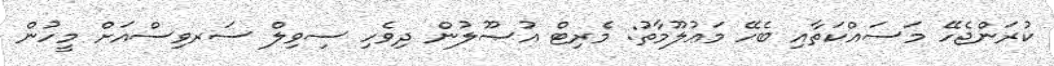
ކުރަންޖެހޭ މަސައްކަތާއި ބެހޭ މަޢުލޫމާތު: މެރިޓް އުޞޫލުން ދިވެހި ސިވިލް ސަރވިސްއަށް މީހުން